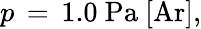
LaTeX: p\, =\, 1.0\ \mathrm{{Pa}\ [\mathrm{{Ar}],}}